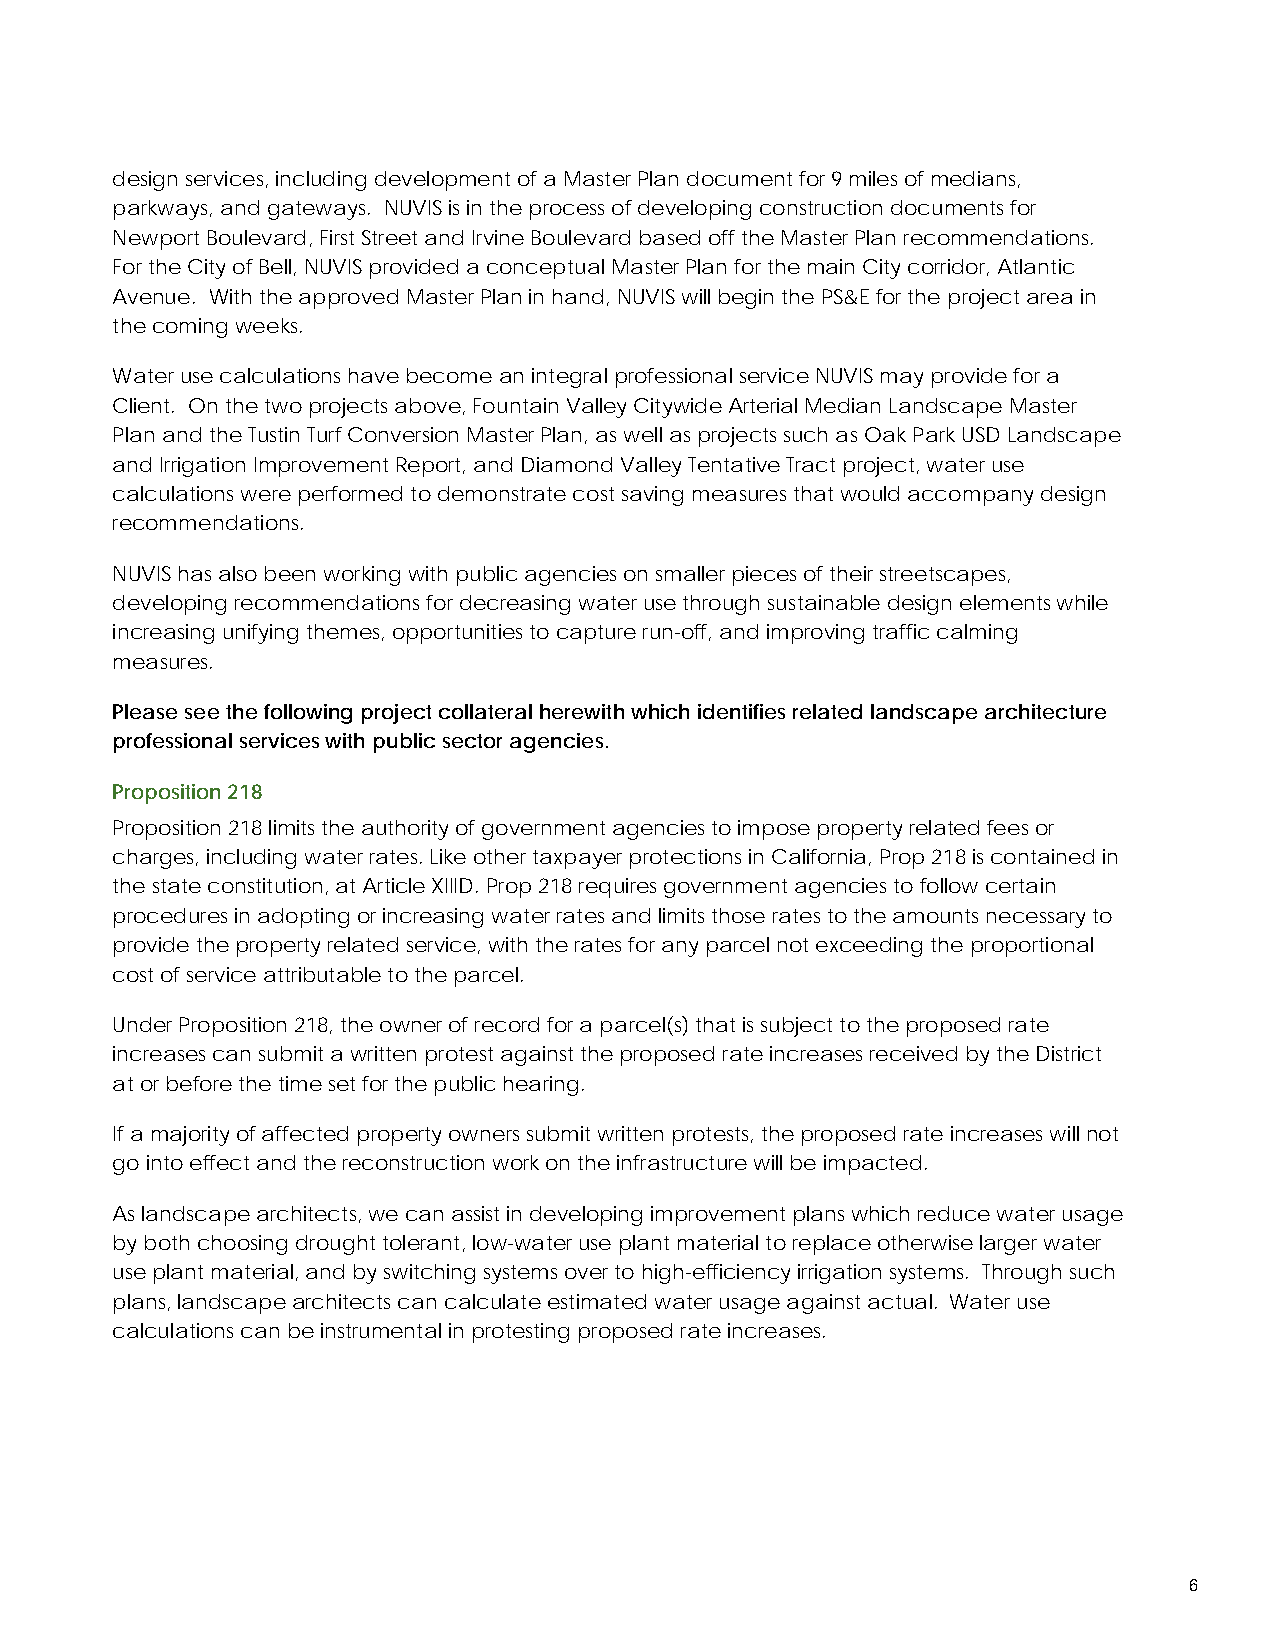
design services, including development of a Master Plan document for 9 miles of medians,
 parkways, and gateways. NUVIS is in the process of developing construction documents for
 Newport Boulevard, First Street and Irvine Boulevard based off the Master Plan recommendations.
 For the City of Bell, NUVIS provided a conceptual Master Plan for the main City corridor, Atlantic
 Avenue. With the approved Master Plan in hand, NUVIS will begin the PS&E for the project area in
 the coming weeks.
 Water use calculations have become an integral professional service NUVIS may provide for a
 Client. On the two projects above, Fountain Valley Citywide Arterial Median Landscape Master
 Plan and the Tustin Turf Conversion Master Plan, as well as projects such as Oak Park USD Landscape
 and Irrigation Improvement Report, and Diamond Valley Tentative Tract project, water use
 calculations were performed to demonstrate cost saving measures that would accompany design
 recommendations.
 NUVIS has also been working with public agencies on smaller pieces of their streetscapes,
 developing recommendations for decreasing water use through sustainable design elements while
 increasing unifying themes, opportunities to capture run-off, and improving traffic calming
 measures.
 Please see the following project collateral herewith which identifies related landscape architecture
 professional services with public sector agencies.
 Proposition 218
 Proposition 218 limits the authority of government agencies to impose property related fees or
 charges, including water rates. Like other taxpayer protections in California, Prop 218 is contained in
 the state constitution, at Article XIIID. Prop 218 requires government agencies to follow certain
 procedures in adopting or increasing water rates and limits those rates to the amounts necessary to
 provide the property related service, with the rates for any parcel not exceeding the proportional
 cost of service attributable to the parcel.
 Under Proposition 218, the owner of record for a parcel(s) that is subject to the proposed rate
 increases can submit a written protest against the proposed rate increases received by the District
 at or before the time set for the public hearing.
 If a majority of affected property owners submit written protests, the proposed rate increases will not
 go into effect and the reconstruction work on the infrastructure will be impacted.
 As landscape architects, we can assist in developing improvement plans which reduce water usage
 by both choosing drought tolerant, low-water use plant material to replace otherwise larger water
 use plant material, and by switching systems over to high-efficiency irrigation systems. Through such
 plans, landscape architects can calculate estimated water usage against actual. Water use
 calculations can be instrumental in protesting proposed rate increases.
 6